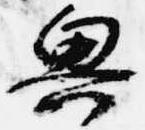
興